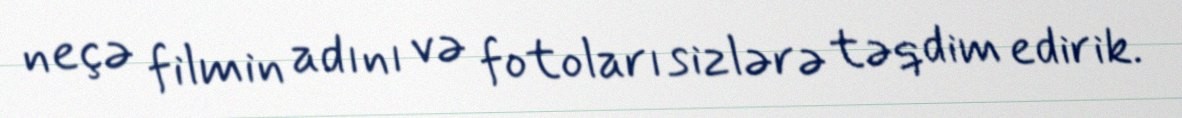
neçə filmin adını və fotoları sizlərə təqdim edirik.